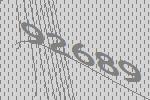
92689